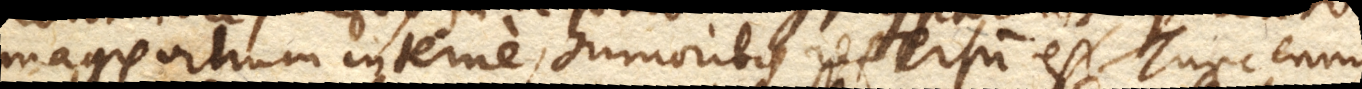
magis vitrum interne, humoribus refertum est. Tunc enim